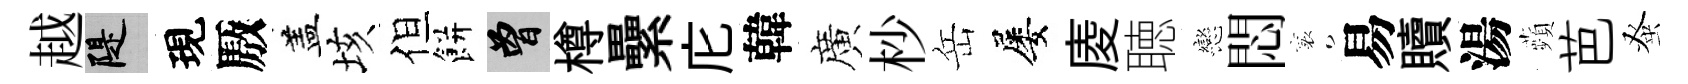
越堤現厫盖垓但餅曾樽纍庀韓廣杪岳屡庱聴戀悶襄易贖湯蘋芭𫊫